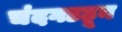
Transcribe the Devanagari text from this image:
चंदगडहून